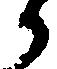
候